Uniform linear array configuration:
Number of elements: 64
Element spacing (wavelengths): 0.75
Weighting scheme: hann
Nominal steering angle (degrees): -30
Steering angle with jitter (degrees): -30.457
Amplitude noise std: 0.05
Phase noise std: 0.05

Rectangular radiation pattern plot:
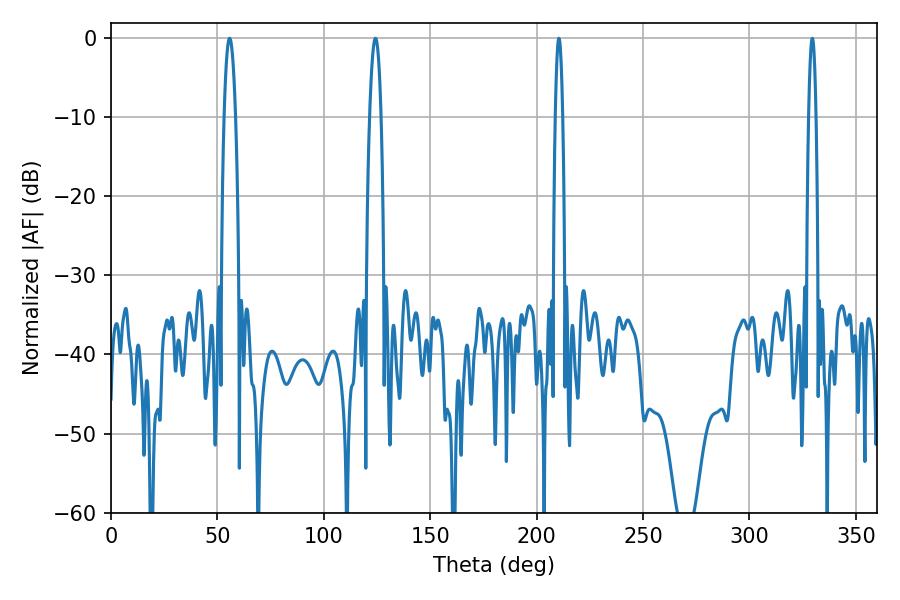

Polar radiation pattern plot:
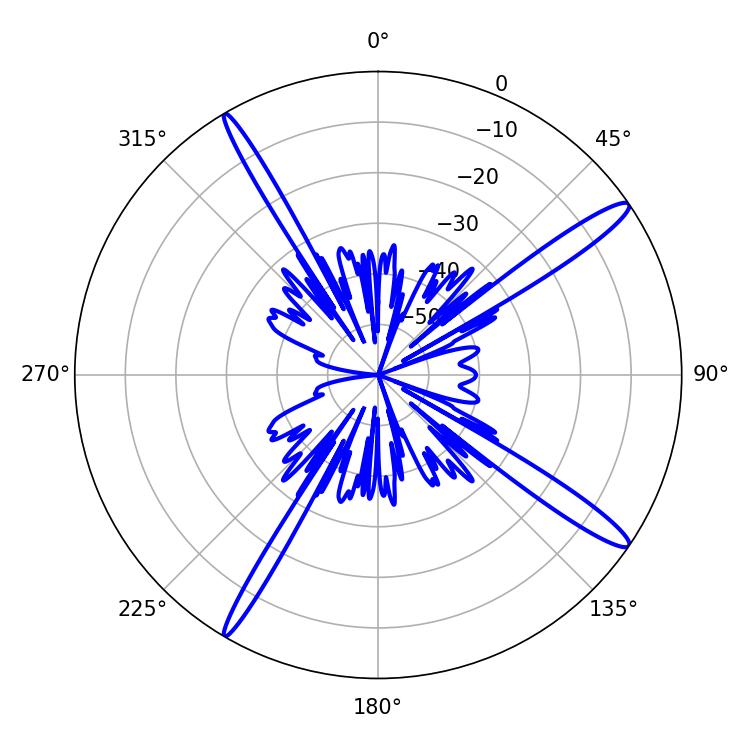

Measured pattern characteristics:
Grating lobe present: TRUE
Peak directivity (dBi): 15.533
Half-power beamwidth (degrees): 1.8
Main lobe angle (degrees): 210.42